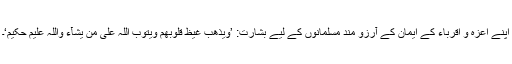
اپنے اعزہ و اقرباء کے ایمان کے آرزو مند مسلمانوں کے لیے بشارت: ’وَیُذْھِبْ غَیْظَ قُلُوْبِھِمْ وَیَتُوْبُ اللّٰہُ عَلٰی مَنْ یَّشَآءُ وَاللّٰہُ عَلِیْمٌ حَکِیْمٌ‘۔